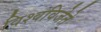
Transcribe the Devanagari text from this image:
विश्वविजेते